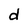
Character: d